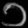
Digit: ၁